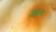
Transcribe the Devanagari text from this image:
जीर्न